Cholera in India, 1862 to 1881
Year: 1862
Disease focus: Cholera
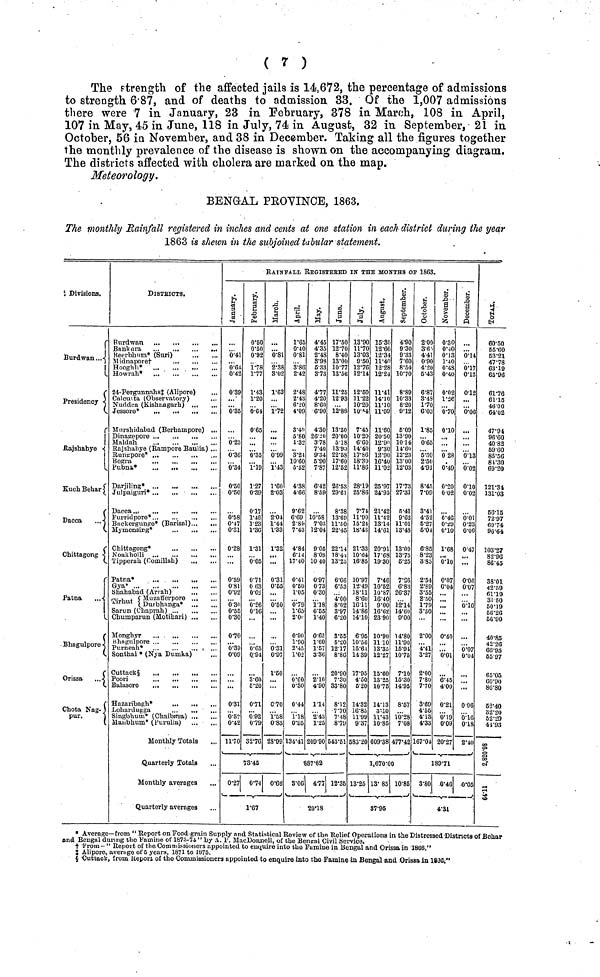
( 7 )
The strength of the affected jails is 14,672, the percentage of admissions
to strength 6.87, and of deaths to admission 33. Of the 1,007 admissions
there were 7 in January, 23 in February, 378 in March, 108 in April,
107 in May, 45 in June, 118 in July, 74 in August, 32 in September, 21 in
October, 56 in November, and 38 in December. Taking all the figures together
the monthly prevalence of the disease is shown on the accompanying diagram.
The districts affected with cholera are marked on the map.
Meteorology.
BENGAL PROVINCE, 1863.
The monthly Rainfall registered in inches and cents at one station in each district during the year
1863 is shewn in the subjoined tabular statement.
Divisions.
Burdwan...
Presidency
Rajshabye
KuchBehari
Dacca
Chittagong
Patna
Bhagulpore
Orissa
Chota Nagpur
DISTRICTS.
Burdwan
Keerbhum* (Suri)
Hooghli*
24-Pergunnahs‡ (Alipore)
Calcutta (Observatory)
Nuddea (Kishnagarh)
Mnrsbidabad (Berhampore) ...
Maldah
Rajshahye (Rampore Baulia) ...
Rungpore*
Bogra
Pubna*
...
Dacca...
Furridpore*
Backergunpre* (Barisal)
Mymensirg*
Chittagong*
Tipperah (Comillah)
Patna*
...
Gya*
...
...
...
Shahabad (Ariah)
Dirhut (Muzanfferpore
Cirhut
{Durbhanga*
Sarun (Chaprah)
Chumparun (Motihari) ,
Mongbyr
Bhngulpore ,.
Purneach*
Sonthal * (Nya Dumka)
Cuttack§
Hazaribagh*
Lohardugga
Singbhum* (Chaibrtsa)
Maubhum* (Purulia)
Monthly Totals
Quarterly Totals
Monthly averages
Quarterly averages
RAINFALL REGISTEEED IN THE MONTHS OF 1863.
January.
0.41
0.64
0.42
0.39
...
0.35
0.25
0.36
0.34
0.50
0.50
0.58
0.47
0.31
0.28
...
0.59
0 81
0.92
0 30
0.55
0.30
0.70
0.39
0.09
0.31
0.52
0.42
11.70
0.27
February.
0.50
0.50
0.92
178
1.77
1.43
1.20
0.64
0.65
0.35
1.19
1.27
0.39
0.17
1.46
1.23
1.36
1.31
0.05
0.71
0 63
0.02
0.26
0.16
...
0.65
0.94
3.60
5.20
0.71
0.92
0.79
32.76
73.45
0.74
1.67
March.
0.81
2.38
3.02
1.63
1.72
0.99
1.43
1.60
2.03
2.04
1.44
1.33
1.32
...
0.31
0.65
...
0.50
...
...
0.31
0.97
1.50
0.70
1.58
0.83
28.99
0.60
April.
1.65
0.40
0.81
3.86
2.42
2.48
2.43
6.20
4.09
3.40
5.80
1.32
3.21
10.60
5.52
4.38
4.66
9.62
6.69
2.89
7.43
4.84
6.14
17.40
0.41
0.60
1.05
0.79
1.65
2.0
0.90
1.90
2.45
1.02
0.60
0.30
0.44
1.18
0.95
134.41
3.06
May.
4.45
4.35
2.48
3.93
5.33
3.73
4.77
4.20
8.60
6.90
4.30
26.20
3.78
7.40
9.34
5 90
7.87
6.42
8.59
10.58
7.03
12.04
9.05
8.08
10.40
0.97
0.73
0.30
1.18
0.55
1.40
0.65
1.60
1.57
3.86
2.10
4.90
1.14
2.43
1.25
209.90
887.82
4.77
20.18
June.
17.50
12.70
8.40
13.00
10.77
13.56
11.20
12.93
12.88
13.50
20.00
5 18
13·90
22.58
17.60
12.52
26.53
29.61
8.38
13.69
11.50
22.45
22.14
18.44.
13.25
6.66
6.53
4.00
8.02
3.97
6.20
3.55
5.20
12.17
8.86
20.90
7.30
33.80
8.12
7.70
7.48
8.79
543.51
12.35
July
13.90
11.70
13.33
9.50
12.76
12.14
12.60
11.22
10.20
10·44
7.45
10.20
6.60
14.40
17.60
11.86
28.19
25.86
7.74
11.90
15.24
18.43
21.33
10.64
16.85
10.97
12.49
18.11
8.60
16.11
14.86
14.10
6.95
10.56
15.64
14.39
17.95
4.50
6.20
14.32
16.85
11.99
9.37
583.20
13.25
August.
15.30
12.60
12.34
11.40
12.28
12.24
11.41
14.10
11.10
11.09
11.60
20.50
12.90
9.30
12.90
16.40
11.02
25.97
24.95
21.42
11 .42
13.14
14.61
20.91
17.68
19.30
7.46
10.52
10.87
16.40
9.00
16.62
23.90
10.90
11 10
13.35
12.27
15.60
13.25
10.75
14.13
3.10
11.43
10.85
609.38
1,670.00
13.85
87.95
September.
4.90
9.30
9.33
7.60
8.54
10.70
8.89
10.33
8.20
9.12
6.09
13.90
10.14
14.60
12.23
13.00
12.03
17.73
27.31
5.41
9.62
11.01
13.48
13.09
13.75
6.25
7.26
6.83
26.37
12.14
14.60
9.00
14.80
11.90
15.91
10.75
7.10
15.30
14.95
8.57
10.28
7.08
477.42
10.86
October.
2·00
3.63
4.41
0.90
4.20
5.43
6.87
3.48
1.70
6.03
1·85
0.65
5.30
4.91
8.45
7.09
3.41
4.52
5.27
5.01
6.85
8.23
3.85
2.54
2.89
3.55
2.50
1.79
3.30
...
2.00
4.41
3.27
2.00
7.80
7.70
3·69
4.55
4.13
4.33
167.04
3.80
November.
0.30
0.40
0.13
1.40
0.48
0.40
0.02
1.26
0.70
0.10
...
...
0 28
0.49
0.20
0.02
0.46
0.29
0.10
1.68
...
0.10
0.07
0.04
...
...
...
0.40
0.01
6.45
4.00
0·21
0.19
0.09
20.27
189.71
0.46
4.31
December.
0.14
0.17
0.13
0.12
0.00
···
0.13
0.02
0.10
0.02
0.01
0.23
0.06
0.47
...
...
0.06
0.07
0.10
...
...
0.07
0.04
...
...
0.06
0.16
0.18
2.40
0.05
Total
60.50
55.60
63.21
47.78
63.19
63.93
61.76
61.15
46.00
64.02
47.94
96.60
40.82
59.60
85.56
81.30
69.20
121.34
131.03
66.15
72.97
69.74
96.64
103.27
82.96
86.45
38.01
42.59
61.19
31 50
50.19
56.26
56.90
40.85
42.26
68.95
55.97
65.05
60.90
86.80
62.40
32.20
52.29
41.93
2,820.98
64-11
« Average—from " Report on Food-grain Supply nnd Stsvtistical Review of the Relief Operations in the Distressed -Districts of Behar
and Bengal during the Famine of 1873-74 " .by A. P. MacDonnell, of the Bengal Civil Service.
†'From- " Report of the Commissioners appointed to enquire into the Famine in Bengal and Orissa in 1806."
‡Alipore, average of 5 years, 1871 to 1875.
§ Cuttack, from Report of the Commissioners appointed to enquire into the Famine -in Bengal and Orissa in 1800."